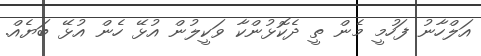
އަލްހާނު ފަހުމީ މެން ތީ ދެކޮޅުންކާ ވަކީލުން އުޅޭ ހެން އުޅޭ ބަޔެއް.